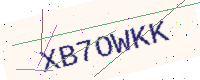
Text: XB7OWKK